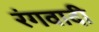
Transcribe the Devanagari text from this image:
रंगवादी